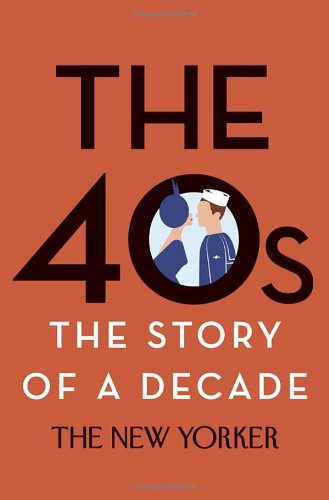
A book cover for The 40s: The Story of a Decade; The New Yorker Magazine; Literature & Fiction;